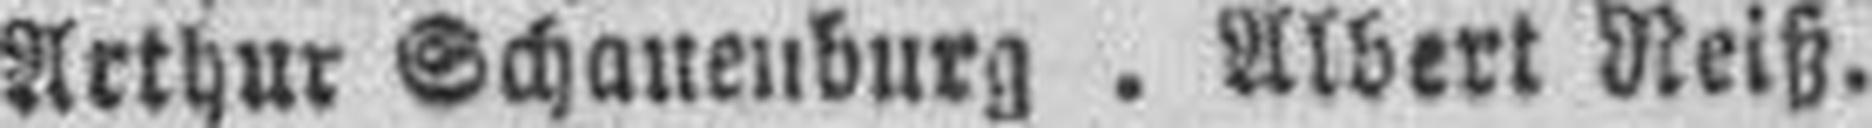
Arthur Schanenburg . Albert Reiß.